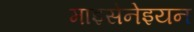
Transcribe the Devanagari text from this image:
माइसेनेइयन